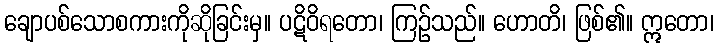
ချောပစ်သောစကားကိုဆိုခြင်းမှ။ ပဋိဝိရတော၊ ကြဉ်သည်။ ဟောတိ၊ ဖြစ်၏။ ဣတော၊